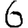
Digit: 6